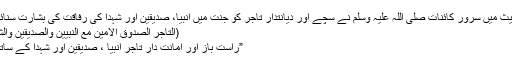
ایک حدیث میں سرور کائنات صلی اللہ علیہ وسلم نے سچے اور دیانتدار تاجر کو جنت میں انبیا، صدیقین اور شہدا کی رفاقت کی بشارت سنائی ہے :
(التَّاجِرُ الصَّدُوقُ الأَمِینُ مَعَ النَّبِیِّینَ وَالصِّدِّیقِینَ وَالشُّہَدَاء)4
”راست باز اور امانت دار تاجر انبیا ، صدیقین اور شہدا کے ساتھ ہو گا۔